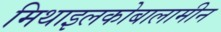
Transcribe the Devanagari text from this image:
मिथाइलकोबालामीन